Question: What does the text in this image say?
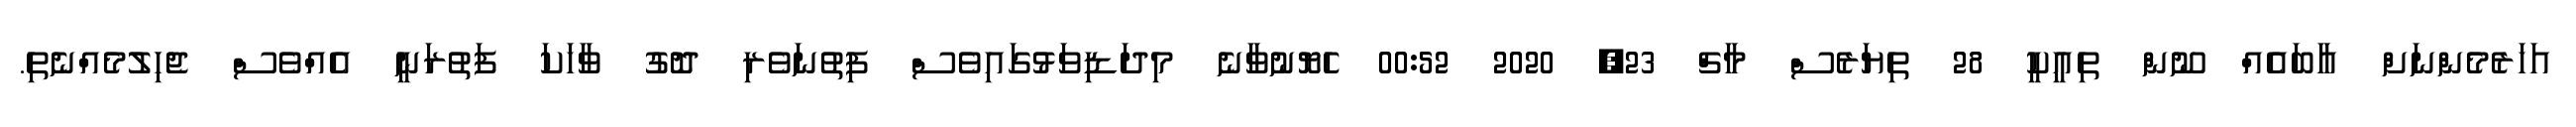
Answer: އަހަރެމެންނަށް އާބައެއް ނޫން ތިއީކީ 28 ތިޔަރެސް މާޗް 23, 2020 00:52 ހެޔޮނުވާނެ މިދަޑިވަޅުގައިވެސް ފިތުނަވެރި ދޮގު ވާހަކަ ފަތުރަނީ އެއްވެސް ޖެހިލުމެއްނެތި.